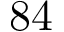
8 4